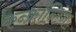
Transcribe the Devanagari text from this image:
कन्फ्रॉन्टिंग